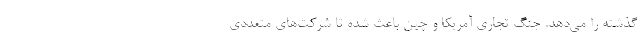
گذشته را می‌دهد. جنگ تجاری آمریکا و چین باعث شده تا شرکت‌های متعددی